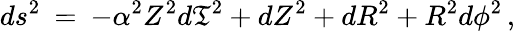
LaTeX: ds^{2}\: =\: -\alpha^{2}Z^{2}d\mathfrak{T}^{2}+dZ^{2}+dR^{2}+R^{2}d\phi^{2}\, ,